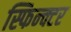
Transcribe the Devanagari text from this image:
स्फिन्क्टर